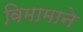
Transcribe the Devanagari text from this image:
विमामाने